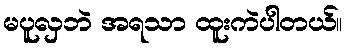
မပူလှဘဲ အရသာ ထူးကဲပါတယ်။